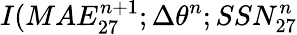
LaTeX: I(MAE_{27}^{n+1};\Delta\theta^{n};SSN_{27}^{n}